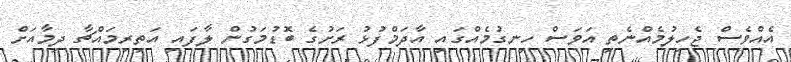
އެއްވެސް ޖެހިލުމެއްނެތި އަވަސް ހިނގުމެއްގައި އާދަމްފުޅު ރަށުގެ ބޮޑުމަގުން ލާފައި އަތިރިމައްޗާ ދިމާއަށް